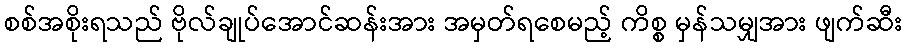
စစ်အစိုးရသည် ဗိုလ်ချုပ်အောင်ဆန်းအား အမှတ်ရစေမည့် ကိစ္စ မှန်သမျှအား ဖျက်ဆီး